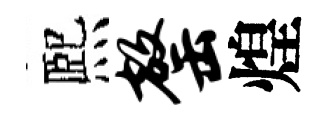
熈罄煌